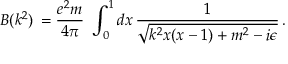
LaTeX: B ( k ^ { 2 } ) \, = \frac { e ^ { 2 } m } { 4 \pi } \, \, \int _ { 0 } ^ { 1 } d x \, \frac { 1 } { \sqrt { k ^ { 2 } x ( x - 1 ) + m ^ { 2 } - i \epsilon } } \, .